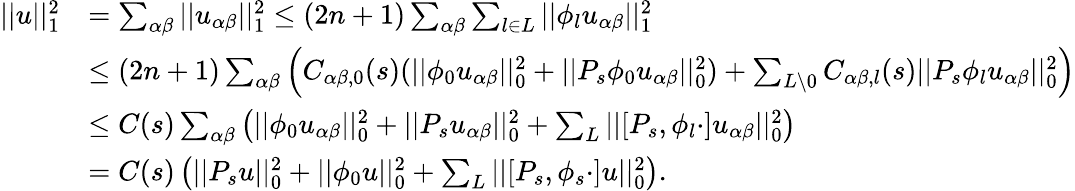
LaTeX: \begin{array}{rl}{||u||_{1}^{2}}&{=\sum_{\alpha\beta}||u_{\alpha\beta}||_{1}^{2}\leq(2n+1)\sum_{\alpha\beta}\sum_{l\in L}||\phi_{l}u_{\alpha\beta}||_{1}^{2}}\\ &{\leq(2n+1)\sum_{\alpha\beta}\left(C_{\alpha\beta,0}(s)(||\phi_{0}u_{\alpha\beta}||_{0}^{2}+||P_{s}\phi_{0}u_{\alpha\beta}||_{0}^{2})+\sum_{L\setminus 0}C_{\alpha\beta,l}(s)||P_{s}\phi_{l}u_{\alpha\beta}||_{0}^{2}\right)}\\ &{\leq C(s)\sum_{\alpha\beta}\left(||\phi_{0}u_{\alpha\beta}||_{0}^{2}+||P_{s}u_{\alpha\beta}||_{0}^{2}+\sum_{L}||[P_{s},\phi_{l}\cdot]u_{\alpha\beta}||_{0}^{2}\right)}\\ &{=C(s)\left(||P_{s}u||_{0}^{2}+||\phi_{0}u||_{0}^{2}+\sum_{L}||[P_{s},\phi_{s}\cdot]u||_{0}^{2}\right).}\end{array}